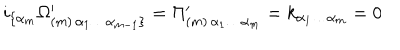
i _ { \{ \alpha _ { m } } \Omega _ { ( m ) \, \alpha _ { 1 } \dots \alpha _ { m - 1 } \} } ^ { \prime } = \Pi _ { ( m ) \, \alpha _ { 1 } \dots \alpha _ { m } } ^ { \prime } = k _ { \alpha _ { 1 } \dots \alpha _ { m } } = 0